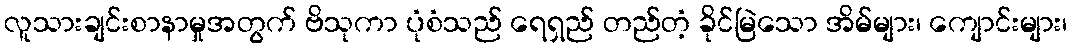
လူသားချင်းစာနာမှုအတွက် ဗိသုကာ ပုံစံသည် ရေရှည် တည်တံ့ ခိုင်မြဲသော အိမ်များ၊ ကျောင်းများ၊